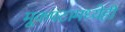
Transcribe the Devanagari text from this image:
मूकपटामध्येही